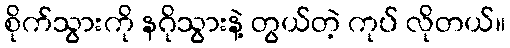
စိုက်သွားကို နဂိုသွားနဲ့ တွယ်တဲ့ ကုပ် လိုတယ်။